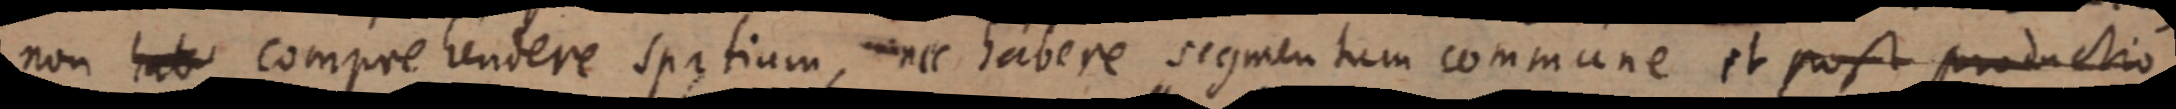
non hab comprehendere spatium, nec habere scgmentum commune et post productio